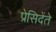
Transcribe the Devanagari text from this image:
प्रेसिदेंते